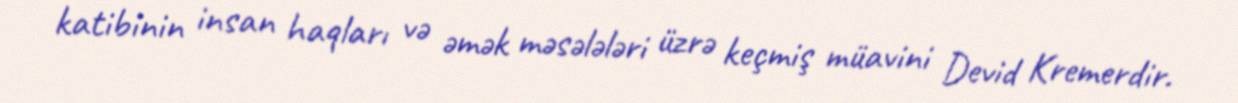
katibinin insan haqları və əmək məsələləri üzrə keçmiş müavini Devid Kremerdir.